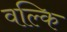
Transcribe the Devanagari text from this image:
वल्‍कि